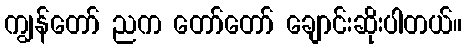
ကျွန်တော် ညက တော်တော် ချောင်းဆိုးပါတယ်။